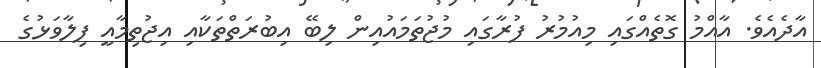
އާދެއެވެ. އާއްމު ގޮތެއްގައި މިއުމުރު ފުރާގައި މުޖުތަމައުއިން ލިބޭ އިބުރަތްތަކާއި އިޖުތިމާއީ ފިލާވަޅުގެ